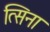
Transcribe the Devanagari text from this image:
त्सिना